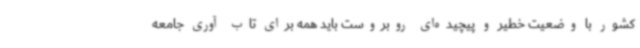
کشور با وضعیت خطیر و پیچیده‌ای روبروست باید همه برای تاب آوری جامعه